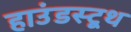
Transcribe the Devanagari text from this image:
हाउंडस्टूथ